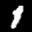
Label: 1